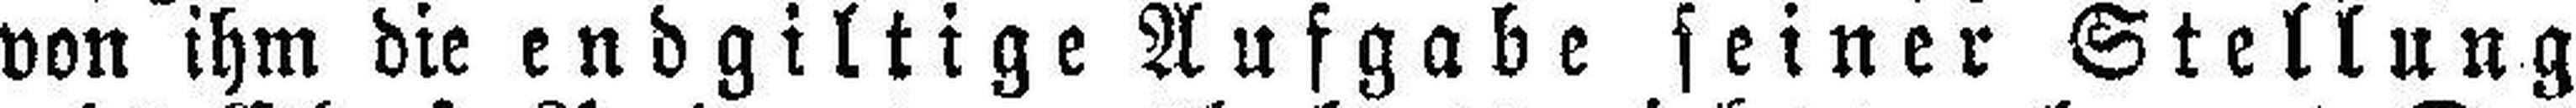
von ihm die endgiltige Aufgabe seiner Stellung